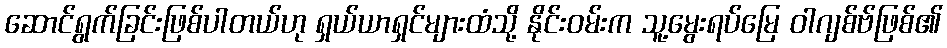
ဆောင်ရွက်ခြင်းဖြစ်ပါတယ်ဟု ရှယ်ယာရှင်များထံသို့ နိုင်းဝမ်းက သူ့မွေးရပ်မြေ ဝါဂျစ်ဗ်ဖြစ်၏